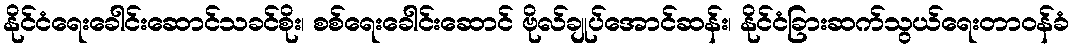
နိုင်ငံရေးခေါင်းဆောင်သခင်စိုး၊ စစ်ရေးခေါင်းဆောင် ဗိုလ်ချုပ်အောင်ဆန်း၊ နိုင်ငံခြားဆက်သွယ်ရေးတာဝန်ခံ